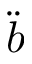
\ddot { b }